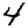
Digit: 4